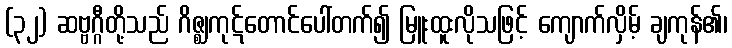
(၃၂) ဆဗ္ဗဂ္ဂီတို့သည် ဂိဇ္ဈကုဋ်တောင်ပေါ်တက်၍ မြူးထူးလိုသဖြင့် ကျောက်လှိမ့် ချကုန်၏၊